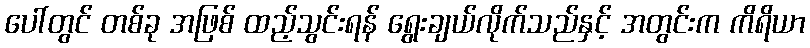
ပေါ်တွင် တစ်ခု အဖြစ် ထည့်သွင်းရန် ရွေးချယ်လိုက်သည်နှင့် အတွင်းက ကိရိယာ